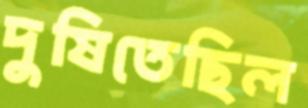
দুষিতেছিল